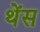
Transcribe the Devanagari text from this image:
थेंस